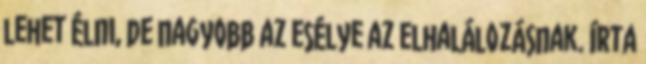
lehet élni, de nagyobb az esélye az elhalálozásnak. írta